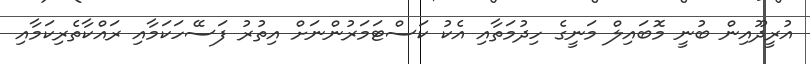
އުރީދޫއިން ބުނީ މޮބައިލް މަނީގެ ހިދުމަތާއި އެކު ކަސްޓަމަރުންނަށް އިތުރު ފަސޭހަކަމާއި ރައްކާތެރިކަމާއި